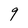
Character: 9